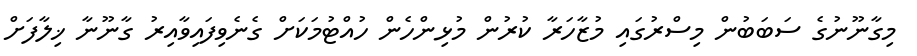
މިގާނޫނުގެ ސަބަބުން މިސްރުގައި މުޒާހަރާ ކުރުން މުޅިންހެން ހުއްޓުމަކަށް ގެނެވިފައިވާއިރު ގާނޫނާ ޚިލާފަށް